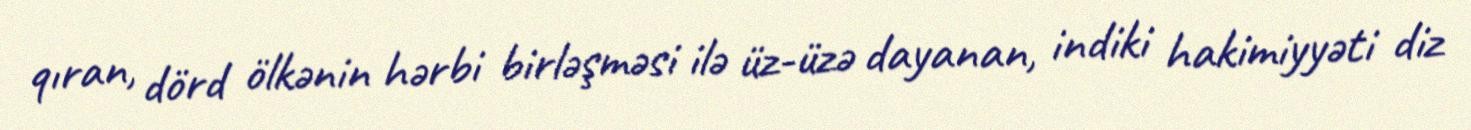
qıran, dörd ölkənin hərbi birləşməsi ilə üz-üzə dayanan, indiki hakimiyyəti diz